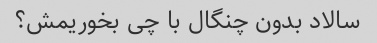
سالاد بدون چنگال با چی بخوریمش؟